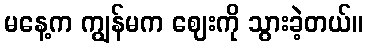
မနေ့က ကျွန်မက ဈေးကို သွားခဲ့တယ်။